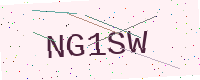
Text: NG1SW